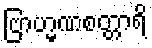
ဗြာဟ္မဏစတ္တာရိ